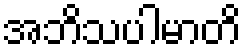
အဘိသပါမာတိ